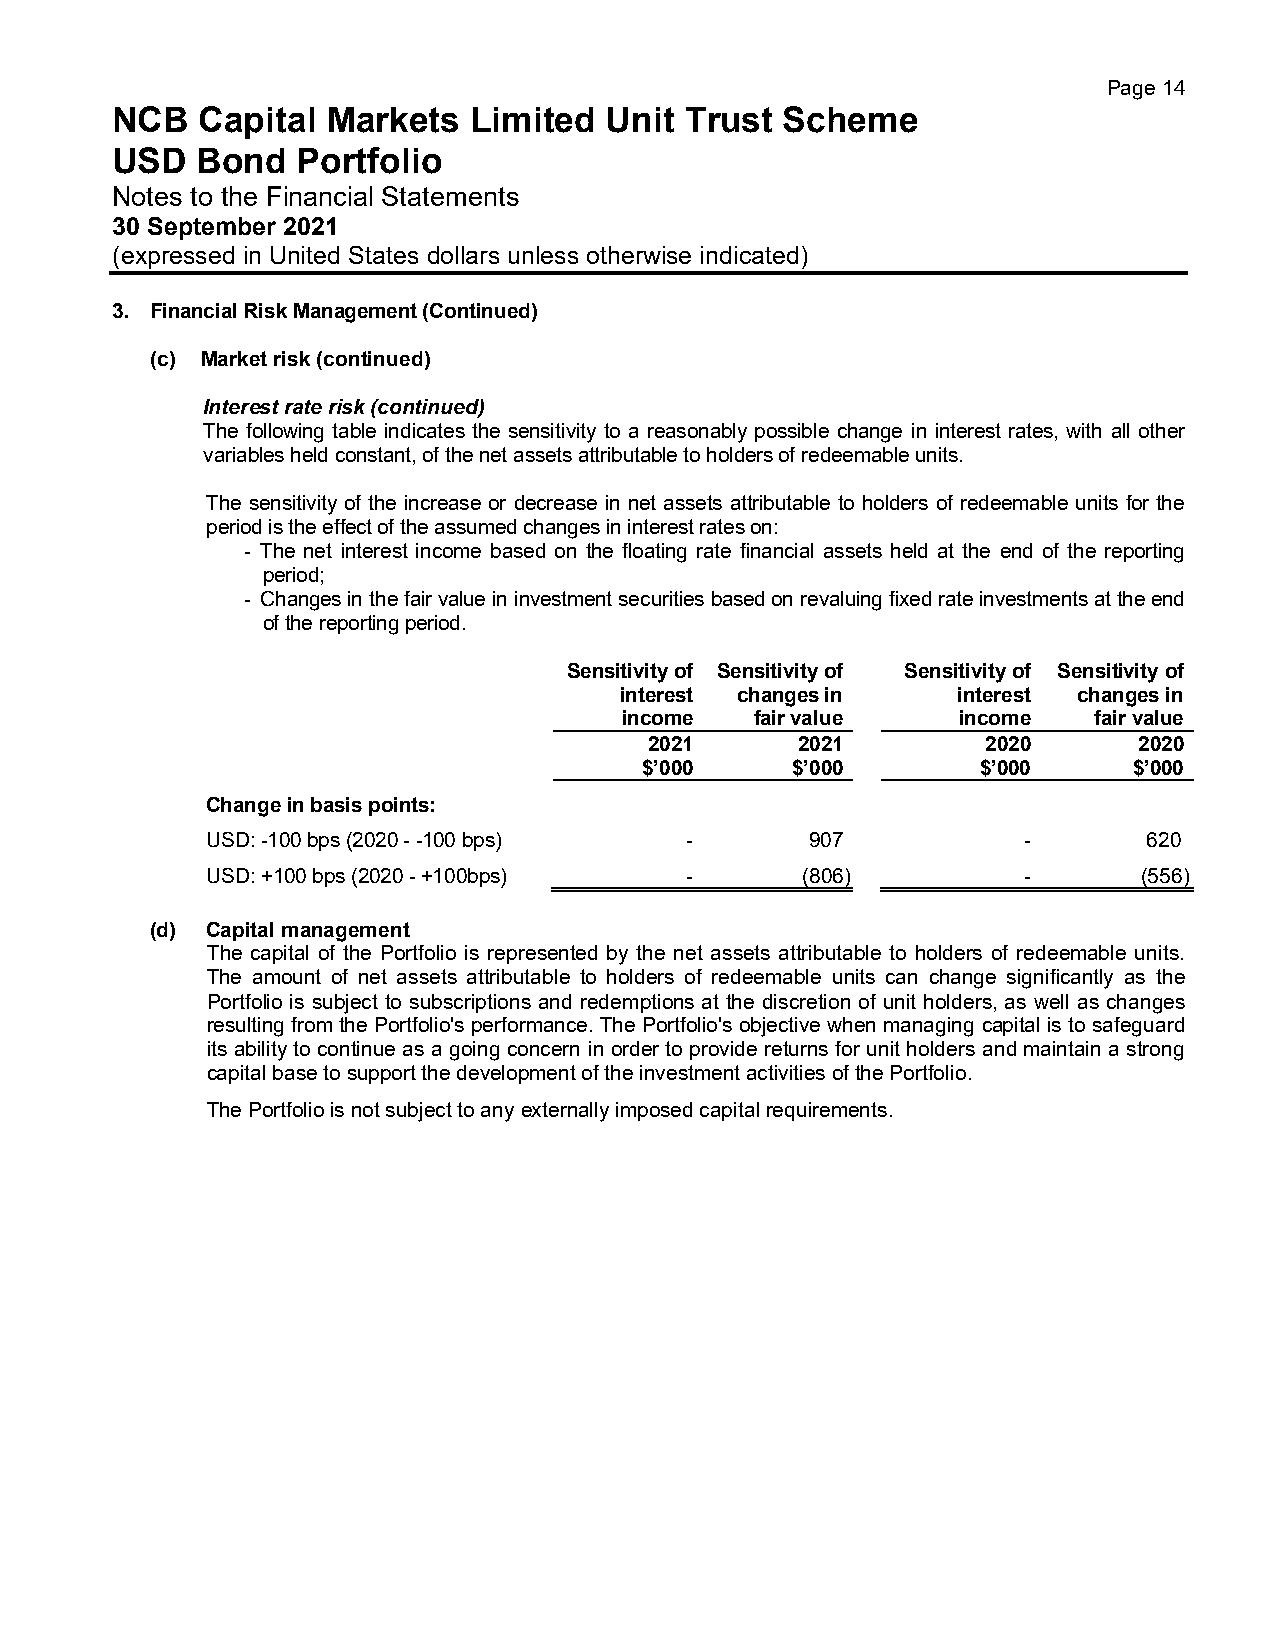
Page 14
 NCB   Capital  Markets  Limited  Unit Trust  Scheme
 USD   Bond   Portfolio
 Notes to the Financial Statements
 30 September 2021
 (expressed in United States dollars unless otherwise indicated)
 3. Financial Risk Management (Continued)
 (c) Market risk (continued)
 Interest rate risk (continued)
 The following table indicates the sensitivity to a reasonably possible change in interest rates, with all other
 variables held constant, of the net assets attributable to holders of redeemable units.
 The sensitivity of the increase or decrease in net assets attributable to holders of redeemable units for the
 period is the effect of the assumed changes in interest rates on:
 - The net interest income based on the floating rate financial assets held at the end of the reporting
 period;
 - Changes in the fair value in investment securities based on revaluing fixed rate investments at the end
 of the reporting period.
 Sensitivity of Sensitivity of Sensitivity of Sensitivity of
 interest changes in   interest changes in
 income   fair value    income  fair value
 2021      2021        2020      2020
 $’000    $’000        $’000     $’000
 Change in basis points:
 USD: -100 bps (2020 - -100 bps) -       907           -       620
 USD: +100 bps (2020 - +100bps) -       (806)          -       (556)
 (d) Capital management
 The capital of the Portfolio is represented by the net assets attributable to holders of redeemable units.
 The amount of net assets attributable to holders of redeemable units can change significantly as the
 Portfolio is subject to subscriptions and redemptions at the discretion of unit holders, as well as changes
 resulting from the Portfolio's performance. The Portfolio's objective when managing capital is to safeguard
 its ability to continue as a going concern in order to provide returns for unit holders and maintain a strong
 capital base to support the development of the investment activities of the Portfolio.
 The Portfolio is not subject to any externally imposed capital requirements.